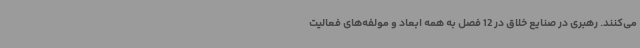
می‌کنند. رهبری در صنایع خلاق در 12 فصل به همه ابعاد و مولفه‌های فعالیت